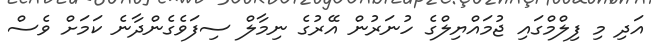
އަދި މި ފިލްމްގައި ޖުމައްޔިލްގެ ހުނަރުން އޭރުގެ ނިމާލް ސިފަވެގެންދާނެ ކަމަށް ވެސް